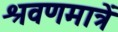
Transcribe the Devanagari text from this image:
श्रवणमात्रें